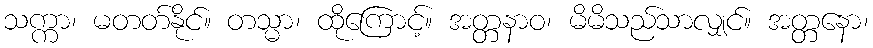
သက္ကာ၊ မတတ်နိုင်။ တသ္မာ၊ ထိုကြောင့်။ အတ္တနာဝ၊ မိမိသည်သာလျှင်။ အတ္တနော၊